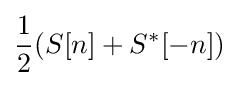
{\frac {1}{2}}(S[n]+S^{*}[-n])